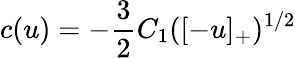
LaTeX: c(u)=-\frac{3}{2}C_{1}([-u]_{+})^{1/2}